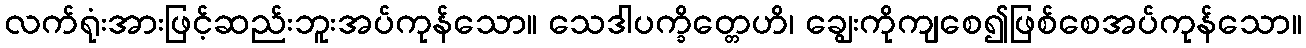
လက်ရုံးအားဖြင့်ဆည်းဘူးအပ်ကုန်သော။ သေဒါပက္ခိတ္တေဟိ၊ ချွေးကိုကျစေ၍ဖြစ်စေအပ်ကုန်သော။